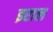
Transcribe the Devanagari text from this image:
इराल